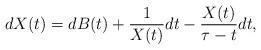
LaTeX: \begin{align*}dX(t)=dB(t)+\frac{1}{X(t)}dt-\frac{X(t)}{\tau-t}dt,\end{align*}